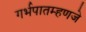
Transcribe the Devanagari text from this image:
गर्भपातम्हणजे